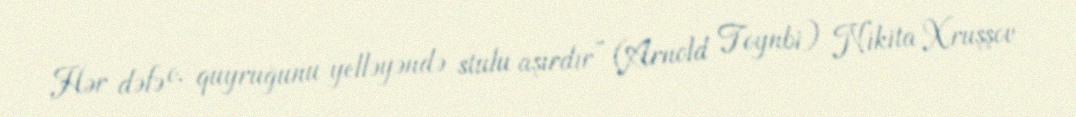
Hər dəfə o, quyruğunu yelləyəndə stulu aşırdır” (Arnold Toynbi) Nikita Xruşşov